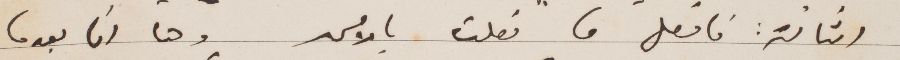
الثالثة فافعل ما فعلت بالأمس وها انا بعدما